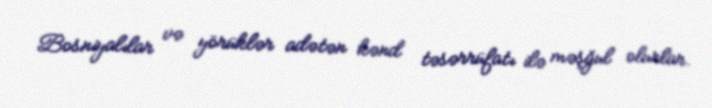
Bosniyalılar və yörüklər adətən kənd təsərrüfatı ilə məşğul olurlar.